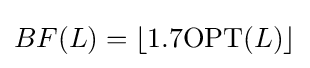
BF(L)=\lfloor 1.7\mathrm {OPT} (L)\rfloor